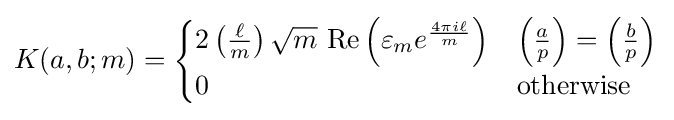
K(a,b;m)={\begin{cases}2\left({\frac {\ell }{m}}\right){\sqrt {m}}{\text{ Re}}\left(\varepsilon _{m}e^{\frac {4\pi i\ell }{m}}\right)&\left({\tfrac {a}{p}}\right)=\left({\tfrac {b}{p}}\right)\\0&{\text{otherwise}}\end{cases}}